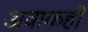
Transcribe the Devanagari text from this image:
अवाकही